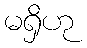
မရှိဟု